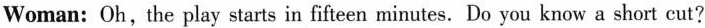
Woman:Oh, the play starts in fifteen minutes.Do you know a short cut?